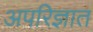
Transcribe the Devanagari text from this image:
अपरिज्ञात